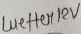
Text: wetterRV